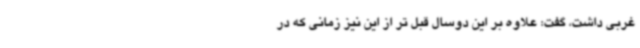
غربی داشت، گفت: علاوه بر این دوسال قبل تر از این نیز زمانی که در